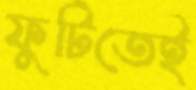
ফুটিতেই